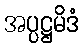
အပ္ပဋ္ဌမိဒံ